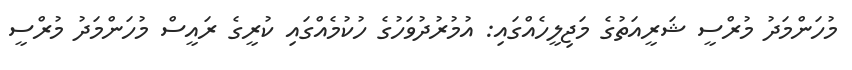
މުހަންމަދު މުރްސީ ޝަރީއަތުގެ މަޖިލީހެއްގައި: އުމުރުދުވަހުގެ ހުކުމެއްގައި ކުރީގެ ރައީސް މުހަންމަދު މުރްސީ